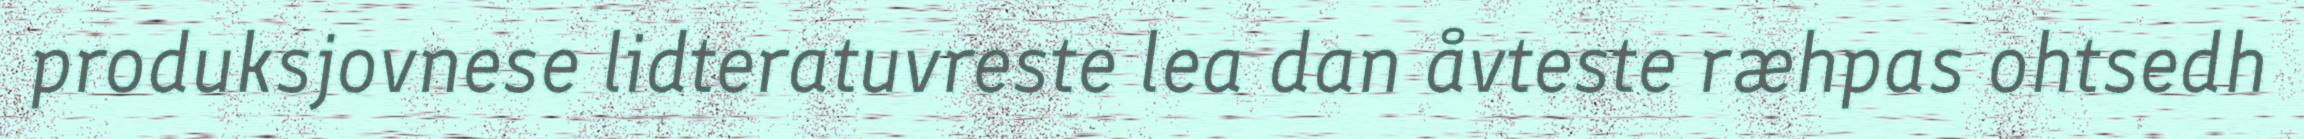
produksjovnese lidteratuvreste lea dan åvteste ræhpas ohtsedh